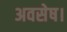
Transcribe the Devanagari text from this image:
अवसेष।